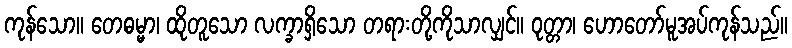
ကုန်သော။ တေဓမ္မာ၊ ထိုတူသော လက္ခာရှိသော တရားတို့ကိုသာလျှင်။ ဝုတ္တာ၊ ဟောတော်မူအပ်ကုန်သည်။